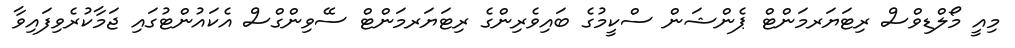
މިއީ މޯލްޑިވްސް ރިޓަޔަރމަންޓް ޕެންޝަން ސްކީމުގެ ބައިވެރިންގެ ރިޓަޔަރމަންޓް ސޭވިންގްސް އެކައުންޓުގައި ޖަމާކުރެވިފައިވާ